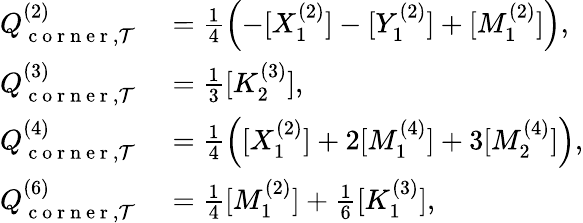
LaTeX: \begin{array}{rl}{Q_{\mathrm{~c~o~r~n~e~r~},\mathcal{T}}^{(2)}}&{{}=\frac{1}{4}\left(-[X_{1}^{(2)}]-[Y_{1}^{(2)}]+[M_{1}^{(2)}]\right),}\\ {Q_{\mathrm{~c~o~r~n~e~r~},\mathcal{T}}^{(3)}}&{{}=\frac{1}{3}[K_{2}^{(3)}],}\\ {Q_{\mathrm{~c~o~r~n~e~r~},\mathcal{T}}^{(4)}}&{{}=\frac{1}{4}\left([X_{1}^{(2)}]+2[M_{1}^{(4)}]+3[M_{2}^{(4)}]\right),}\\ {Q_{\mathrm{~c~o~r~n~e~r~},\mathcal{T}}^{(6)}}&{{}=\frac{1}{4}[M_{1}^{(2)}]+\frac{1}{6}[K_{1}^{(3)}],}\end{array}